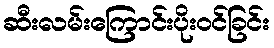
ဆီးလမ်းကြောင်းပိုးဝင်ခြင်း